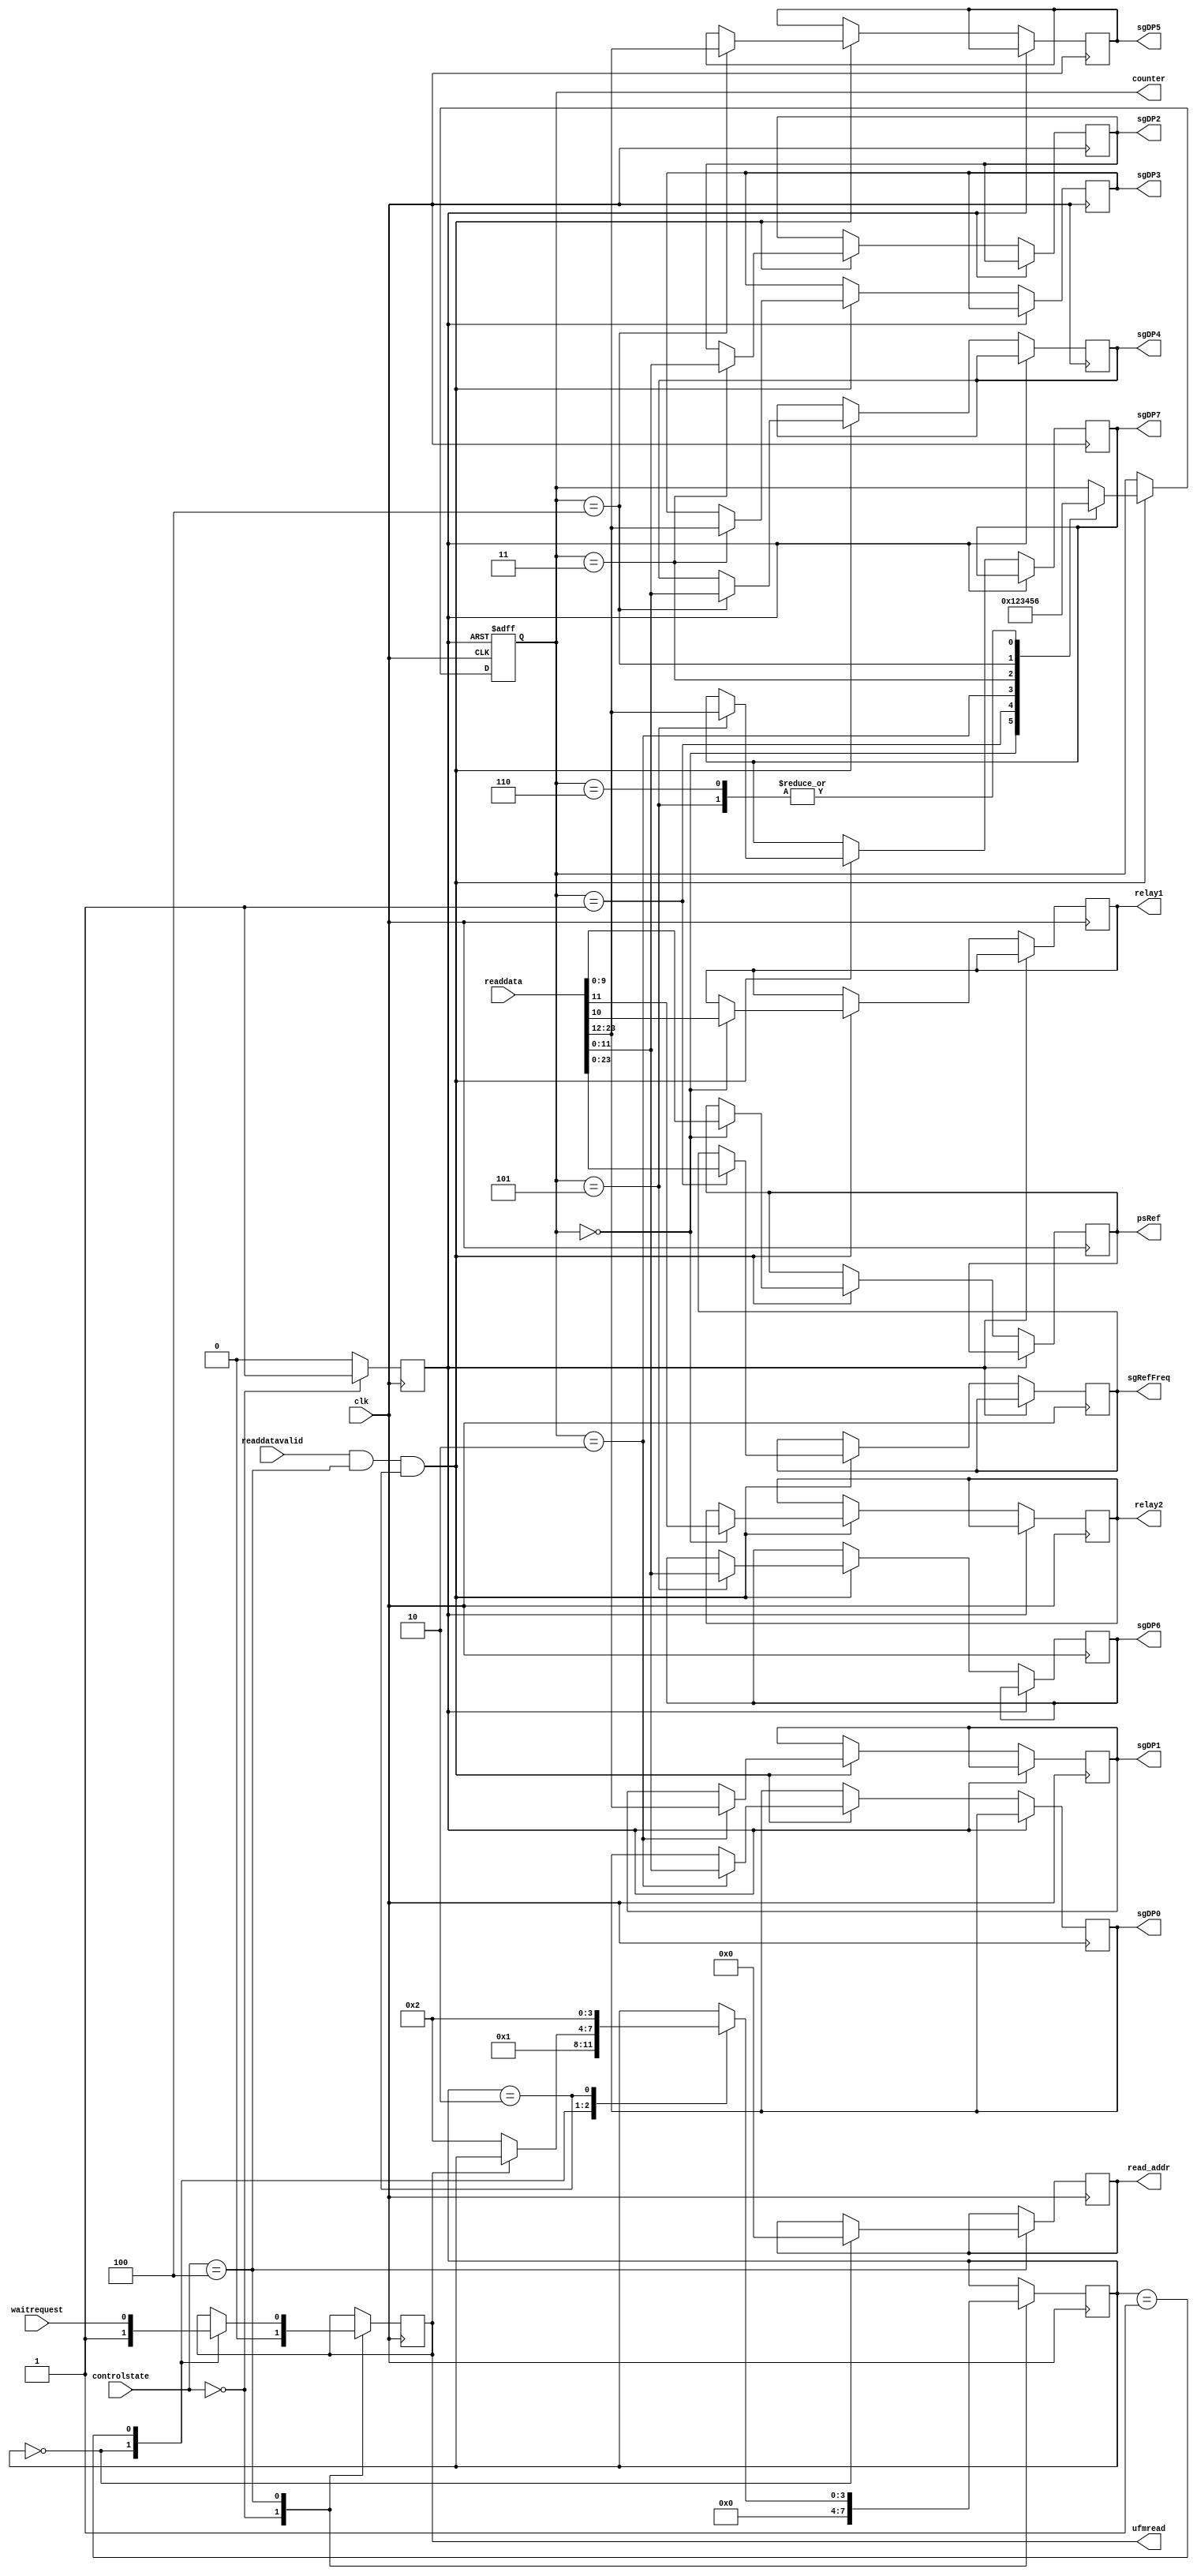
module UFMread (
	input clk,
	input readdatavalid,
	input [3:0] controlstate,
	input [31:0] readdata,
	output reg ufmread,
	output reg [15:0] read_addr,
	output reg [9:0] psRef,
	output reg [23:0] sgRefFreq,
	output reg [11:0] sgDP0,
	output reg [11:0] sgDP1,
	output reg [11:0] sgDP2,
	output reg [11:0] sgDP3,
	output reg [11:0] sgDP4,
	output reg [11:0] sgDP5,
	output reg [11:0] sgDP6,
	output reg [11:0] sgDP7,
	output reg relay1,
	output reg relay2,
	input waitrequest,
	output reg [3:0] counter

);

reg reset;
reg [3:0] readstate;

always @ (posedge clk) begin
	reset <= 1'b0;
	case (controlstate)
		4'h0 : begin //reset
			readstate <= 4'h0;
			ufmread <= 1'b0;
			reset <= 1'b1;
		end
		4'h4 : begin
			reset <= 1'b0;
			case (readstate)
				4'h0 : begin
					ufmread <= 1'b1; //begin burst read - reads 6 sequential memory addresses in a row starting with 16'h00, somehow works. don't change.
					read_addr <= 16'h00;
					readstate <= 4'h1;
				end
				4'h1 : begin 
					ufmread <= waitrequest; //bring read low when waitrequest low
                                        if (!ufmread)
					        readstate <= 4'h2; //advance to final state after ufmread goes low
				end
                                4'h2 : begin
                                        readstate <= 4'h2;
                                end
			endcase
		end
	endcase
end

always @(posedge clk or posedge reset) begin //fsm to save read data to appropriate registers
	if (reset)
		counter <= 4'h0;
	else if (readdatavalid && controlstate == 4'h4 && readstate == 4'h2) //requires successful read and controlstate 4
		case (counter)
			4'h0 : begin
				relay1 <= readdata[10];
				relay2 <= readdata[11];
				psRef <= readdata[9:0];
				counter <= 4'h1;
			end
			4'h1 : begin
				sgRefFreq <= readdata[23:0];
				counter <= 4'h2;
			end
			4'h2 : begin
				sgDP0 <= readdata[11:0];
				sgDP1 <= readdata[23:12];
				counter <= 4'h3;
			end
			4'h3 : begin
				sgDP2 <= readdata[11:0];
				sgDP3 <= readdata[23:12];
				counter <= 4'h4;
			end
			4'h4 : begin
				sgDP4 <= readdata[11:0];
				sgDP5 <= readdata[23:12];
				counter <= 4'h5;
			end
			4'h5 : begin
				sgDP6 <= readdata[11:0];
				sgDP7 <= readdata[23:12];
				counter <= 4'h6;
			end
			4'h6 : counter <= 4'h6;
		endcase
	
end

endmodule